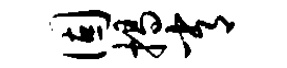
固揭常